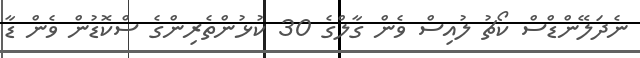
ނެދަލޭންޑްސް ކޯޗު ލުއިސް ވެން ގާލްގެ 30 ކުޅުންތެރިންގެ ސްކޮޑުން ވެން ޑާ